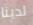
لدينا